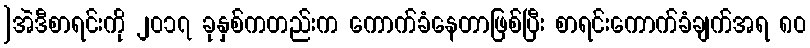
]အဲဒီစာရင်းကို ၂၀၁၇ ခုနှစ်ကတည်းက ကောက်ခံနေတာဖြစ်ပြီး စာရင်းကောက်ခံချက်အရ ၈၀